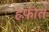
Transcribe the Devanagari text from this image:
हफ़ीत